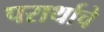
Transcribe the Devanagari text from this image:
परार्थाचे